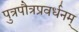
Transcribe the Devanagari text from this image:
पुत्रपौत्रप्रवर्धनम्